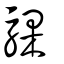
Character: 騍